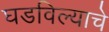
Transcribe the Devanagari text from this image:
घडविल्याचे